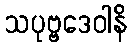
သပုဗ္ဗဒေဝါနိ